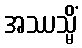
အဿသ္မိံ